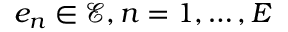
e _ { n } \in \mathcal { E } , n = 1 , \dots , E